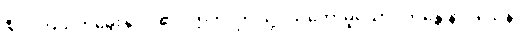
ဇီဝါ၊ အသက်မွေးနိုင်ပါ၏။ ဣတိ၊ ဤသို့ပယ်တော်မူသော်။ ဘန္တေ နာဂသေန၊